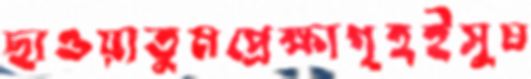
ছাওয়াতুমপ্রেক্ষাগৃহইসুষ